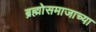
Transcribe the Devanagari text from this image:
ब्रह्मोसमाजाच्या